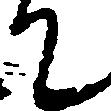
て